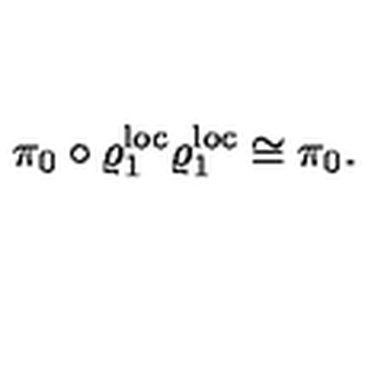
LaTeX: \pi _ { 0 } \circ \varrho _ { 1 } ^ { \mathrm { l o c } } \varrho _ { 1 } ^ { \mathrm { l o c } } \cong \pi _ { 0 } .